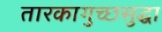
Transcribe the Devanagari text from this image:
तारकागुच्छसुद्धा